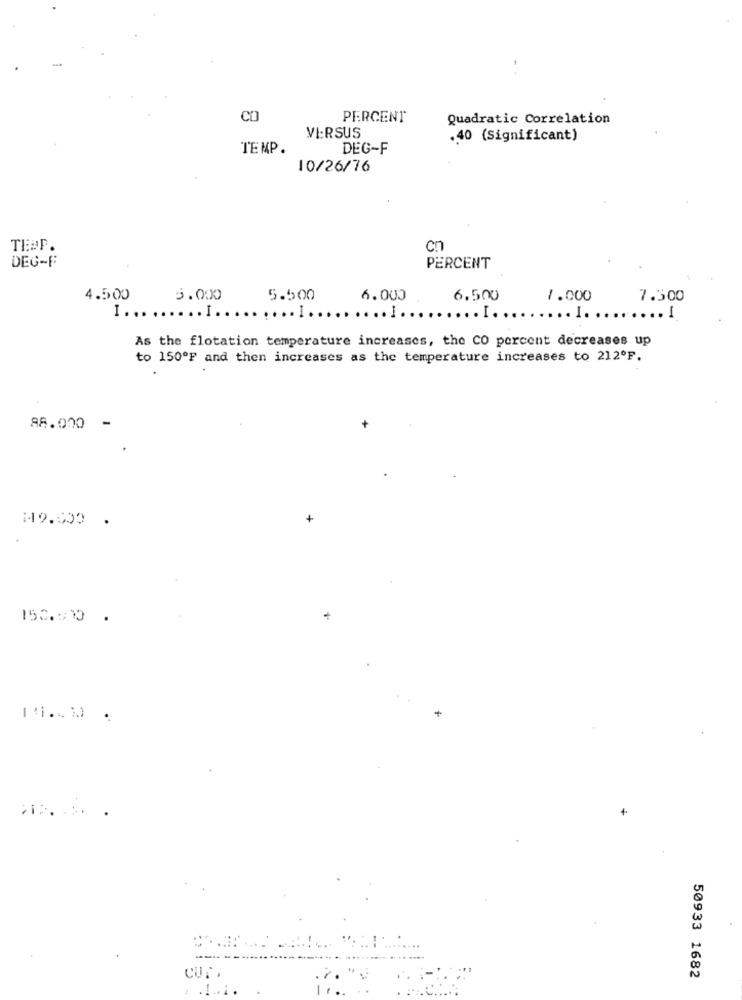
CO
PERCENT
Quadratic Correlation
VI:RSUS
.40 (Significant)
TEMP.
DEG-F
10/26/76
TEMP.
cn
DEG-F
PERCENT
4.500
5.000
5.500
6.000
6.500
1.000
7.300
I . ......................
....... ..
...... I ..
.... I. ..
..... I
As the flotation temperature increases, the CO percent decreases up
to 150ºF and then increases as the temperature increases to 212ºF.
88.000 -
+
CUT
50933 1682
i.
.I ...